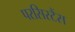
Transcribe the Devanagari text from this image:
परसिस्टैंस